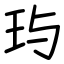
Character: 玙